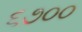
૬૭૦૦